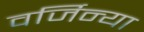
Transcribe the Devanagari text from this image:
वर्जिन्या